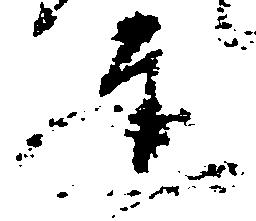
達